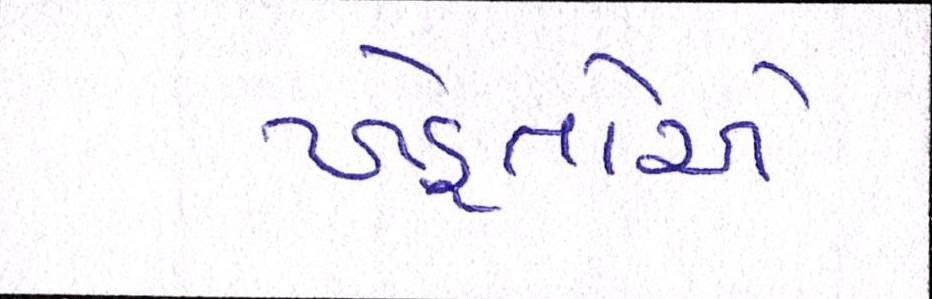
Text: ખેડ઼ૂતોએ